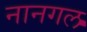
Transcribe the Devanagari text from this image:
नानगल